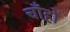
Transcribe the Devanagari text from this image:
चाँहों